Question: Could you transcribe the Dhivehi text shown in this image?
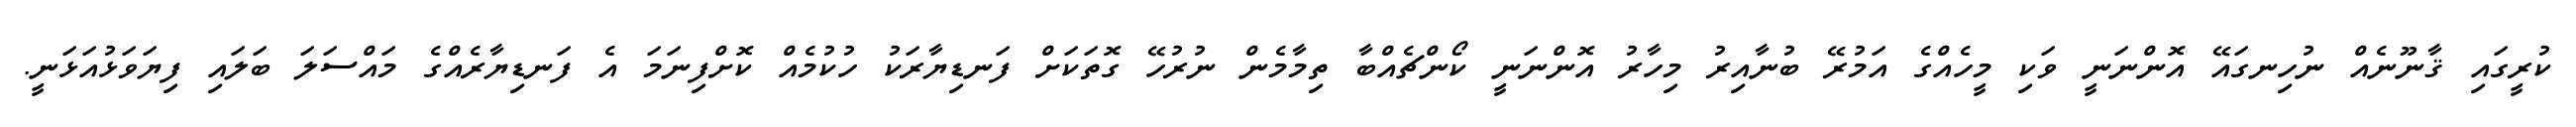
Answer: ކުރީގައި ޤާނޫނެއް ނުހިނގައޭ އޮންނަނީ ވަކި މީހެއްގެ އަމުރޭ ބުނާއިރު މިހާރު އޮންނަނީ ކޯންޗެއްބާ ތިމާމެން ނުރުހޭ ގޮތަކަށް ފަނޑިޔާރަކު ހުކުމެއް ކޮށްފިނަމަ އެ ފަނޑިޔާރެއްގެ މައްސަލަ ބަލައި ފިޔަވަޅުއަޅަނީ.